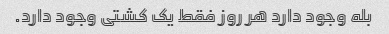
بله وجود دارد هر روز فقط یک کشتی وجود دارد.